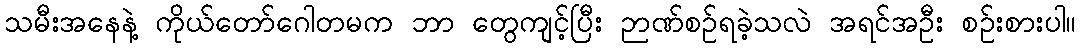
သမီးအနေနဲ့ ကိုယ်တော်ဂေါတမက ဘာ တွေကျင့်ပြီး ဉာဏ်စဉ်ရခဲ့သလဲ အရင်အဦး စဉ်းစားပါ။